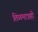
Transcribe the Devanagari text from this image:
तिळमात्रही